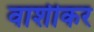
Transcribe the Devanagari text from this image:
वाशीकर